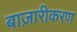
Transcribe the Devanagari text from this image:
बाज़ारीकरण